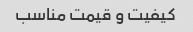
کیفیت و قیمت مناسب